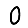
Digit: 0